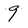
Character: 9